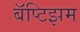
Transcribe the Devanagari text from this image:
बॅप्टिझम